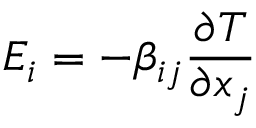
E _ { i } = - \beta _ { i j } { \frac { \partial T } { \partial x _ { j } } }